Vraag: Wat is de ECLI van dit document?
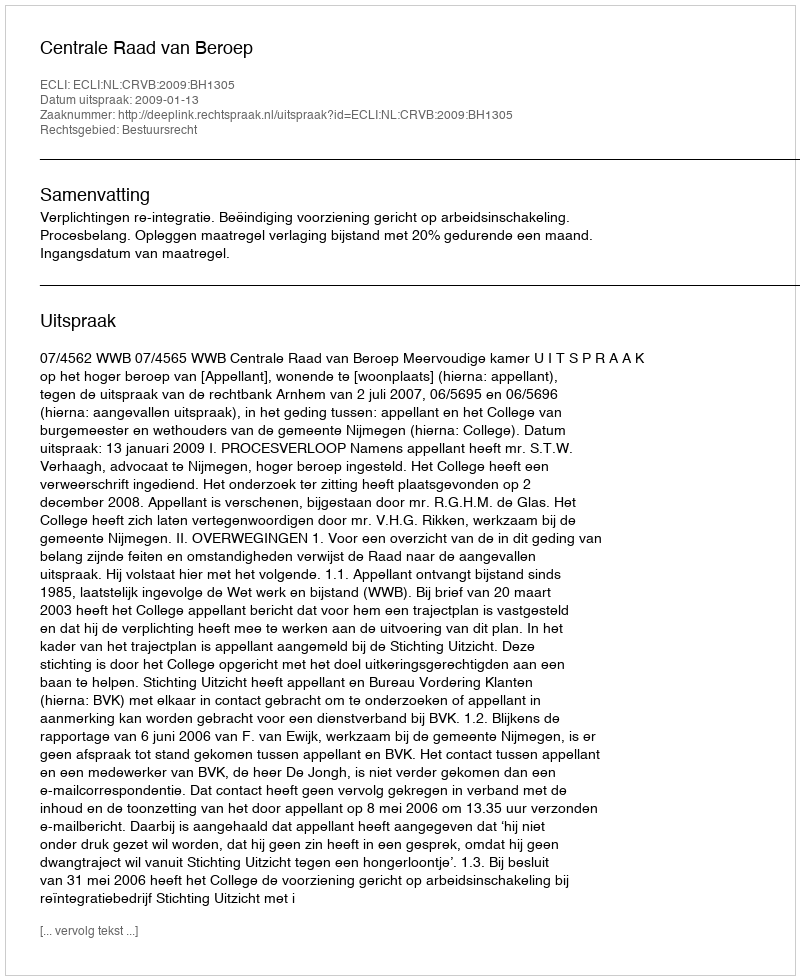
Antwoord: ECLI:NL:CRVB:2009:BH1305